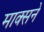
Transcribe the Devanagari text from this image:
माक्सने